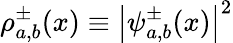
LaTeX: \rho_{a,b}^{\pm}(x)\equiv{\left|\psi_{a,b}^{\pm}(x)\right|}^{2}